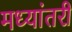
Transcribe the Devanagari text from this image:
मध्यांतरी